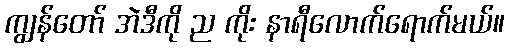
ကျွန်တော် အဲဒီကို ည ကိုး နာရီလောက်ရောက်မယ်။